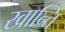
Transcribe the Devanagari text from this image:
खान्ति